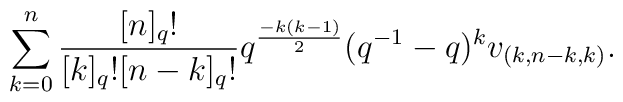
\sum_{k=0}^n\frac{[n]_q!}{[k]_q![n-k]_q!}q^{\frac{-k(k-1)}{2}}(q^{-1}-q)^kv_{(k,n-k,k)}.